Annual statistical returns and brief notes on vaccination in Bengal - 1887-1898
Year: 1887
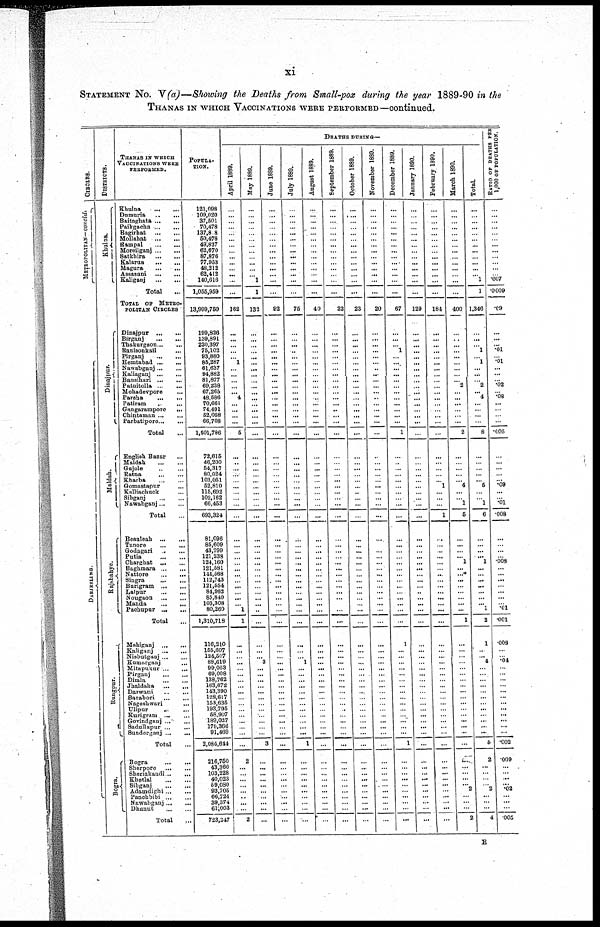
xi
STATEMENT NO. V(a)—Showing the Deaths from Small-pox during the year 1889-90 in the
THANAS IN WHICH VACCINATIONS WERE PERFORMED—continued.
CIRCLES.
METROPOLITAN— concld
DARJ EELING.
DISTRICTS.
Khulna.
Dinajpur.
Maldah.
Ra j
s ha hye .
Rungpur.
Bogra.
THANAS IN WHICH
VACCINATIONS WERE
PERFORMED.
Khulna...
...
Domuria...
...
Baitaghata...
...
Paikgacha...
...
Bagirhat...
...
Mollahat...
...
Rampal...
...
Moreilganj...
...
Satkhira...
...
Kalarua...
...
Magura...
...
Assasuni...
...
Kaliganj...
...
Total...
TOTAL OF METRO-
POLITAN CIRCLES
Dinajpur...
...
Birganj...
...
Thakurgaon...
...
Ranisonkail... ...
Pirganj...
...
Hemtabad...
...
Nawabganj...
...
Kaliaganj...
...
Bansihari...
...
Patnitolla...
...
Mohadevpore... ...
Paraha...
...
Patiram...
...
Gangarampore... ...
Chintaman...
...
Parbatipore...
...
Total...
English Bazar... ...
Maldah
...
...
Gajole...
...
Ratna...
...
Kharba...
...
Gomastapur... ...
Kalliachuck... ...
Sibganj...
...
Nawabganj... ...
Total...
Beauleah...
...
Tanore...
...
Godagari...
...
Putia...
...
Oharghat... ...
Baghmara...
...
Nattore...
...
Singra...
...
Barigram...
...
Lalpur...
...
Nougaon...
...
Manda...
...
Pachupur...
...
Total...
Mahiganj...
...
Kaliganj...
...
Nisbutganj...
...
Kumarganj... ...
Mitapukur...
...
Pirganj...
...
Dimla...
...
Jhaldaka...
...
Darwani...
...
Barabori...
...
Nageshwari...
...
Ulipur... ...
Kurigram...
...
Govindganj...
...
Sadullapur...
...
Sunderganj...
...
Total...
Bogra...
...
Sherpore...
...
Sheriakandi...
...
Khetlal...
...
Sibganj...
...
Adamdighi...
...
Panchbibi...
...
Nawabganj...
...
Dhunut...
...
Total...
POPULA-
TION.
121,098
109,020
37,501
70,478
187,808
50,478
49,837
62,670
87,876
77,953
48,212
62,412
140,616
1,055,959
13,999,750
199,826
139,891
220,397
76,102
93,880
85,287
61,637
94,882
81,877
69,238
67,265
48,586
70,661
74,491
52,058
66,708
1,501,786
72,615
46,200
54,317
80,024
103,051
52,810
115,692
102,162
66,453
693,324
81,096
85,609
43,799
121,238
124,160
121,581
144,568
112,743
121,554
84,962
85,840
103,308
80,260
1,310,718
116,210
155,607
124,507
88,619
99,053
69,008
138,762
163,672
143,390
128,617
153,635
193,795
58,907
189,027
170,366
91,469
2,084,644
216,750
43,360
103,228
40,023
59,080
93,705
66,724
39,374
61,003
723,247
DEATHS DURING—
April 1889.
...
...
...
...
...
...
...
...
...
...
...
...
...
...
162
...
...
...
... ... 1
...
...
...
...
... 4
...
...
...
...
5
...
..
...
...
...
...
...
...
...
...
...
...
...
...
...
...
...
...
...
...
...
... 1
1
...
...
...
...
...
...
... ...
...
...
...
...
...
... ...
...
....
2
...
...
...
...
...
..
...
...
2
May 1889.
...
...
...
...
...
...
...
...
...
...
...
... 1
1
132
...
...
...
... ...
...
...
...
...
...
...
...
...
...
...
...
...
...
...
...
...
...
...
...
...
...
...
...
...
...
...
...
...
...
...
...
...
...
...
..
...
...
...
... 3
...
...
... ...
...
...
...
...
...
...
...
...
3
...
...
...
...
... ...
...
...
...
...
June 1889.
...
...
...
...
...
...
...
...
...
...
...
...
...
...
92
...
...
...
...
...
...
...
...
...
...
...
...
...
...
...
...
...
...
...
...
...
...
...
...
...
...
...
...
...
...
...
...
...
...
...
...
...
...
...
...
...
...
...
...
...
...
...
...
...
...
...
...
...
...
...
...
...
...
...
...
...
...
... ...
...
...
...
...
July 1889.
...
...
...
...
...
...
...
...
...
...
...
...
...
...
76
...
...
...
... ...
...
...
...
...
...
...
...
...
...
...
...
...
...
...
...
...
...
...
...
...
...
...
...
...
...
...
...
...
...
...
...
...
...
...
...
...
...
...
... 1
...
...
... ...
...
...
...
...
...
... ...
...
1
...
...
...
...
... ...
...
...
...
...
August 1889.
...
...
...
...
...
...
...
...
...
...
...
...
...
...
40
...
...
...
... ...
...
...
...
...
...
...
...
...
...
...
...
...
...
...
...
...
...
...
...
...
...
...
...
...
...
...
...
...
...
...
...
...
...
...
...
...
...
...
...
...
...
...
... ...
...
...
...
...
...
... ...
...
...
...
...
...
...
... ...
...
...
...
...
September 1889.
...
...
...
...
...
...
...
...
...
...
...
...
...
...
22
...
...
...
... ...
...
...
...
...
...
...
...
...
...
...
...
...
...
...
...
...
...
...
...
...
...
...
...
...
...
...
...
...
...
...
...
...
...
...
...
...
...
...
...
...
...
...
... ...
...
...
...
...
...
...
...
...
...
...
...
...
...
... ...
...
...
...
...
October 1889.
...
...
...
...
...
...
...
...
...
...
...
...
...
...
23
...
...
...
... ...
...
...
...
...
...
...
...
...
...
...
...
...
...
...
...
...
...
...
...
...
...
...
...
...
...
...
...
...
...
...
...
...
...
...
......
...
...
...
...
...
...
...
... ...
...
...
...
...
...
... ...
...
...
...
...
...
...
...
...
...
...
...
...
November 1889.
...
...
...
...
...
...
...
...
...
...
...
...
...
...
20
...
...
...
...
...
...
...
...
...
...
...
..
...
...
...
...
...
...
...
...
...
...
...
...
...
...
...
...
...
...
...
...
...
...
...
...
...
...
...
...
...
...
...
...
...
...
...
... ...
...
...
...
...
...
... ...
...
...
...
...
...
...
... ...
...
...
...
...
December 1889.
...
...
...
...
...
...
...
...
...
...
...
...
...
...
67
...
...
... 1
...
...
...
...
...
...
...
...
...
...
...
...
1
...
...
...
...
...
...
...
...
...
...
...
...
...
...
...
...
...
...
...
...
...
...
...
...
1
...
...
...
...
...
...
...
...
...
...
...
...
... ...
...
1
...
...
...
...
... ...
...
...
...
...
January 1890.
...
...
...
...
...
...
...
...
...
...
...
...
...
...
129
...
...
...
... ...
...
...
...
...
...
...
...
...
...
...
...
...
...
...
...
...
...
...
...
...
...
...
...
...
...
...
...
...
...
...
... ...
...
...
...
...
...
...
...
...
...
...
... ...
...
...
...
...
...
... ...
...
...
...
...
...
...
... ...
...
...
...
...
February 1890.
...
...
...
...
...
...
...
...
...
...
...
...
...
...
184
...
...
...
... ...
...
...
...
...
...
...
...
...
...
...
...
...
...
...
...
...
... 1
...
...
...
1
...
...
...
...
...
...
...
...
...
...
...
...
...
...
...
...
...
...
...
...
... ...
...
...
...
...
...
...
...
...
...
...
...
...
...
... ...
...
...
...
...
March 1890.
...
...
...
...
...
...
...
...
...
...
...
...
...
...
400
...
...
...
... ...
...
...
...
... 2
...
...
...
...
...
...
2
...
...
...
... ... 4
...
... 1
5
...
...
...
... 1
...
...
...
...
...
...
...
...
1
...
...
...
...
...
...
... ...
...
...
...
...
...
...
...
...
...
...
...
...
...
... 2
...
...
...
2
Total.
...
...
...
...
...
...
...
...
...
...
...
... 1
1
1,346
...
...
... 1
... 1
...
...
... 2
... 4
...
...
...
...
8
...
...
...
...
... 6
...
... 1
6
...
...
...
... 1
...
...
...
...
...
...
... 1
2
1
...
... 4
...
...
... ...
...
...
...
...
...
... ...
...
5
2
...
...
...
... 2
...
...
...
4
RATIO OF DEATHS PER
1,000 OF POPULATION.
...
...
...
...
...
...
...
...
...
...
...
... .007
.0009
.09
...
...
... .01
... .01
...
...
... .02
... .08
...
...
...
...
.005
...
...
...
...
... .09
...
... .01
.008
...
...
...
... .008
...
...
...
...
...
...
... .01
.001
.008
...
... .04
...
...
... ...
...
...
...
...
...
... ...
...
.002
.009
...
...
...
... .02
...
...
...
.005
E